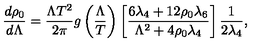
\frac { d \rho _ { 0 } } { d \Lambda } = \frac { \Lambda T ^ { 2 } } { 2 \pi } g \left( \frac { \Lambda } { T } \right) \left[ { \frac { 6 \lambda _ { { 4 } } + 1 2 \rho _ { { 0 } } \lambda _ { { 6 } } } { { \Lambda } ^ { 2 } + 4 \rho _ { { 0 } } \lambda _ { { 4 } } } } \right] \frac { 1 } { 2 \lambda _ { 4 } } ,